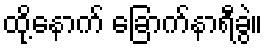
ထို့နောက် ခြောက်နာရီခွဲ။